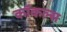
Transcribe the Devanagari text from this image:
कॉकल्स